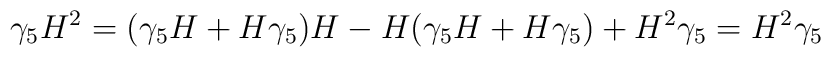
\gamma_{5}H^{2}=(\gamma_{5}H+H\gamma_{5})H-H(\gamma_{5}H+H\gamma_{5})+ H^{2}\gamma_{5}=H^{2}\gamma_{5}